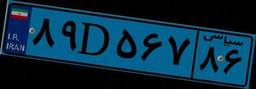
۱۳D۵۵۵۷۴